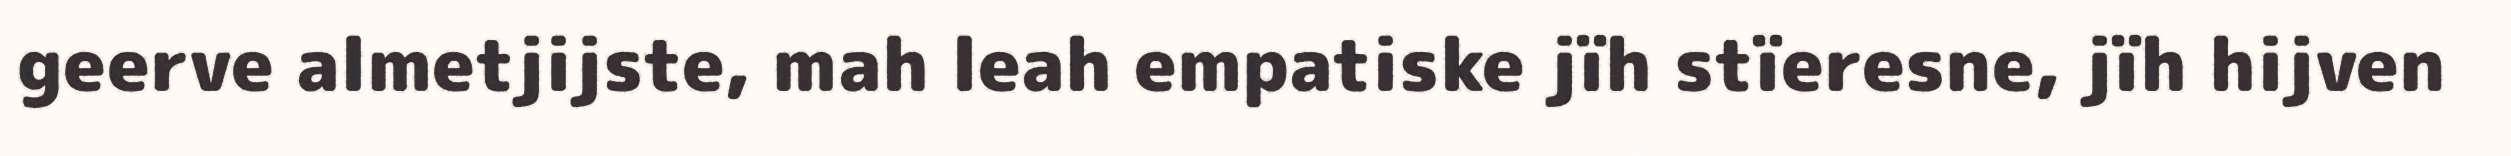
geerve almetjijste, mah leah empatiske jïh stïeresne, jïh hijven